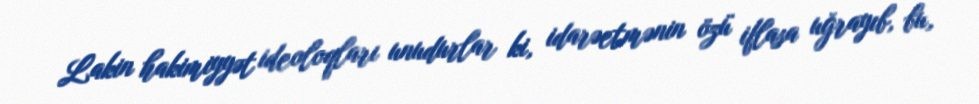
Lakin hakimiyyət ideoloqları unudurlar ki, idarəetmənin özü iflasa uğrayıb, bu,